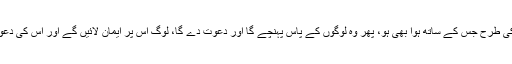
فرمایا:’’اس بارش کی طرح جس کے ساتھ ہوا بھی ہو، پھر وہ لوگوں کے پاس پہنچے گا اور دعوت دے گا، لوگ اس پر ایمان لائیں گے اور اس کی دعوت قبول کرلیں گے۔